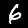
Digit: 6